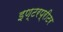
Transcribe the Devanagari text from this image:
इण्टरप्रीटर